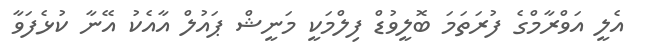
އެލީ އަވްރާމްގެ ފުރަތަމަ ބޮލީވުޑް ފިލްމަކީ މަނީޝް ޕައުލް އާއެކު އޭނާ ކުޅެފަވާ